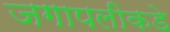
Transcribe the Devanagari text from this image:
जगापलीकडे